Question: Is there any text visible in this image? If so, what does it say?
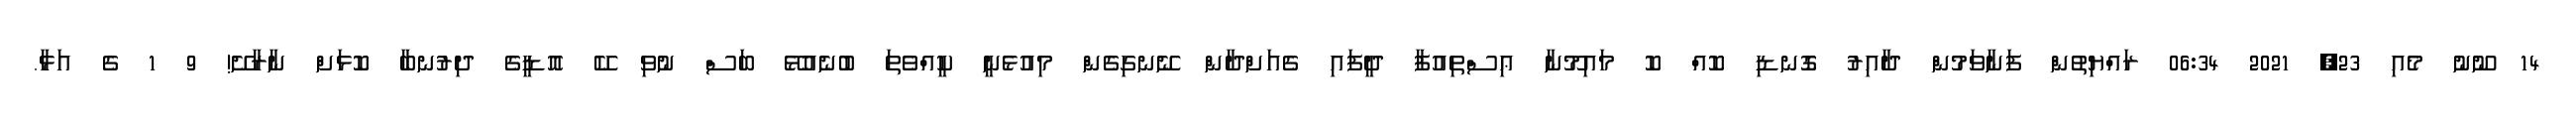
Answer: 14 ނޫނު މެއި 23, 2021 06:34 ރައްޔިތުން ފަނާވަމުން ދާއިރު ގޮނޑި ކޮއް ކޮ މައިމޫނާ ޢިސްތިއުފާ ދީފައި ގެއަށްދާން ނޭނގިގެން މިއުޅެނީ ކީއްވެތަ ބުނެއުޅޭ ބަސް ނުވި ކޭ އޮޑީގެ ދިރުނބާ ކޮޅަށް ނާރާށޭ! 9 1 ގެ އަޅާ.